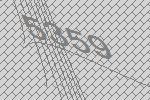
5359